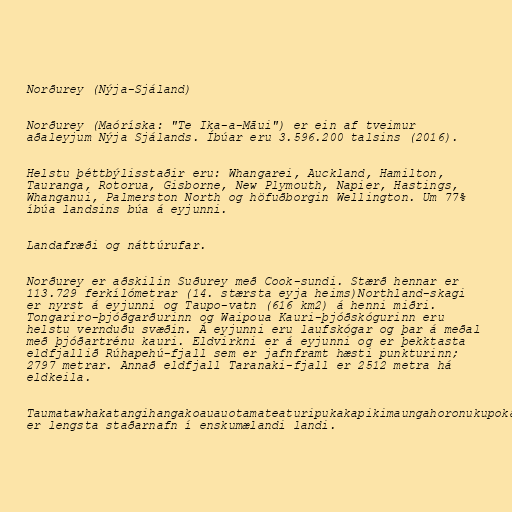
Norðurey (Nýja-Sjáland)

Norðurey (Maóríska: "Te Ika-a-Māui") er ein af tveimur
aðaleyjum Nýja Sjálands. Íbúar eru 3.596.200 talsins (2016).

Helstu þéttbýlisstaðir eru: Whangarei, Auckland, Hamilton,
Tauranga, Rotorua, Gisborne, New Plymouth, Napier, Hastings,
Whanganui, Palmerston North og höfuðborgin Wellington. Um 77%
íbúa landsins búa á eyjunni.

Landafræði og náttúrufar.

Norðurey er aðskilin Suðurey með Cook-sundi. Stærð hennar er
113.729 ferkílómetrar (14. stærsta eyja heims)Northland-skagi
er nyrst á eyjunni og Taupo-vatn (616 km2) á henni miðri.
Tongariro-þjóðgarðurinn og Waipoua Kauri-þjóðskógurinn eru
helstu vernduðu svæðin. Á eyjunni eru laufskógar og þar á meðal
með þjóðartrénu kauri. Eldvirkni er á eyjunni og er þekktasta
eldfjallið Rúhapehú-fjall sem er jafnframt hæsti punkturinn;
2797 metrar. Annað eldfjall Taranaki-fjall er 2512 metra há
eldkeila.

Taumatawhakatangihangakoauauotamateaturipukakapikimaungahoronukupokaiwhenuakitanatahu
er lengsta staðarnafn í enskumælandi landi.